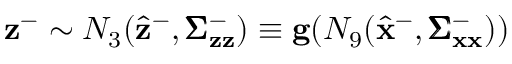
\mathbf { z } ^ { - } \sim N _ { 3 } ( \hat { \mathbf { z } } ^ { - } , \pmb { \Sigma } _ { \mathbf { z } \mathbf { z } } ^ { - } ) \equiv \mathbf { g } ( N _ { 9 } ( \hat { \mathbf { x } } ^ { - } , \pmb { \Sigma } _ { \mathbf { x } \mathbf { x } } ^ { - } ) )